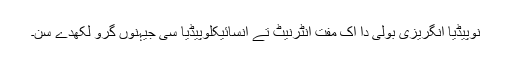
نوپیڈیا انگریزی بولی دا اک مفت انٹرنیٹ تے انسائیکلوپیڈیا سی جیہنوں گرو لکھدے سن۔